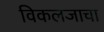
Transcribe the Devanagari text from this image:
विकलजाचा